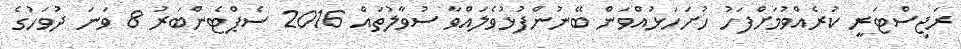
ރަޖިސްޓަރީ ކުރެއްވުމަށްފަހު ހުށަހަޅުއްވަން ބޭނުންފުޅުވެލައްވާ ސުވާލުތައް 2016 ސެޕްޓެންބަރު 8 ވަނަ ދުވަހުގެ